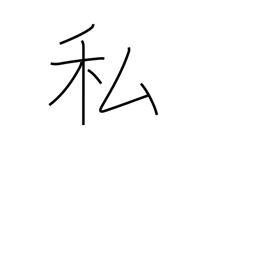
Meaning: me